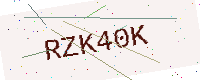
Text: RZK40K